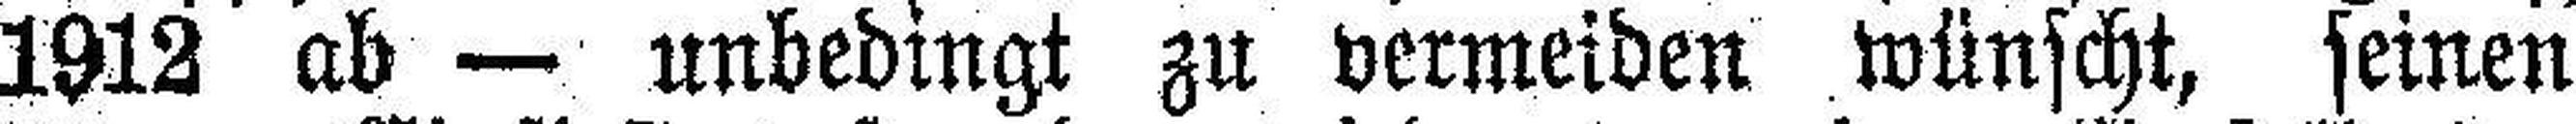
1912 ab — unbedingt zu vermeiden wünscht, seinen